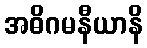
အဓိဂမနီယာနိ